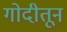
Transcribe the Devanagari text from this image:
गोदीतून